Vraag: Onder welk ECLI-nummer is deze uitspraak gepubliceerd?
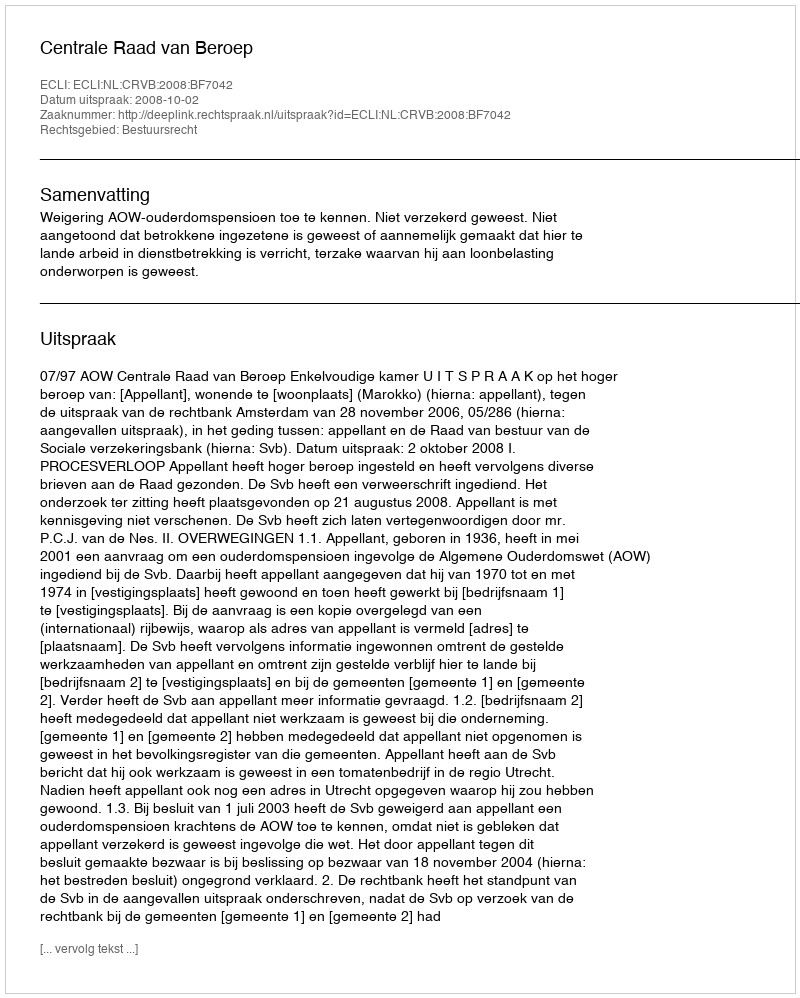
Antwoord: ECLI:NL:CRVB:2008:BF7042